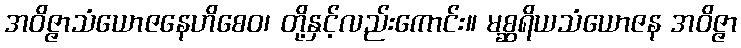
အဝိဇ္ဇာသံယောဇနေဟိစေဝ၊ တို့နှင့်လည်းကောင်း။ မစ္ဆရိယသံယောဇန အဝိဇ္ဇာ